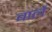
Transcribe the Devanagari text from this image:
बार्ले